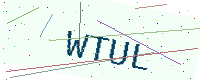
Text: WTUL